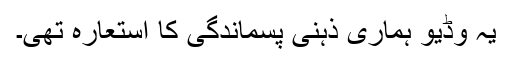
یہ وڈیو ہماری ذہنی پسماندگی کا استعارہ تھی۔